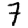
Digit: 7